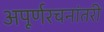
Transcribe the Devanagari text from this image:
अपूर्णरचनांतरी